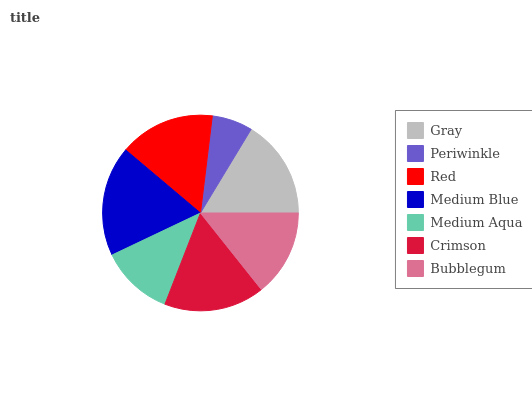
| Gray | Periwinkle | Red | Medium Blue | Medium Aqua | Crimson | Bubblegum |
 | --- | --- | --- | --- | --- | --- | --- |
 | 16.4% | 6.74% | 15.8% | 18.2% | 12% | 16.6% | 14.3% |